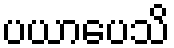
ပယာပေသိ